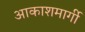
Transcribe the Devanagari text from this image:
आकाशमार्गी